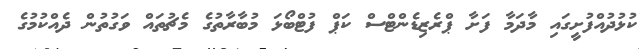
ކުޅުދުއްފުށީގައި މާދަމާ ފަށާ ޕްރެޒިޑެންޓްސް ކަޕް ފުޓްބޯޅަ މުބާރާތުގެ މެޗުތައް ވަގުތުން ދެއްކުމުގެ